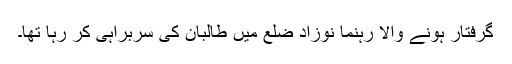
گرفتار ہونے والا رہنما نوزاد ضلع میں طالبان کی سربراہی کر رہا تھا۔